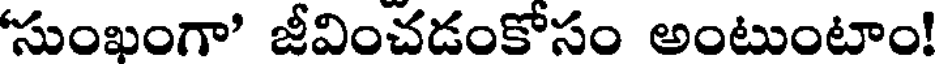
సుంఖంగా' జీవించడంకోసం అంటుంటాం!